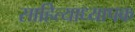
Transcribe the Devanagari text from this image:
साहित्याध्यापक